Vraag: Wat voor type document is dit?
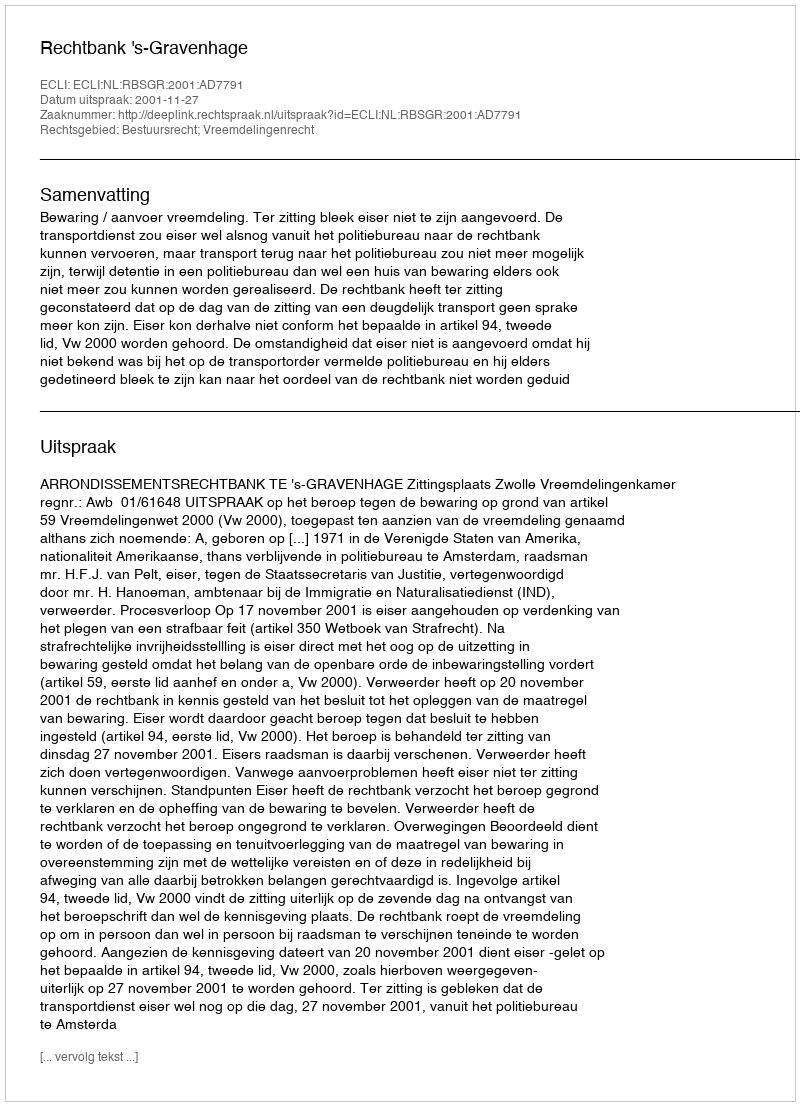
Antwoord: Uitspraak